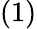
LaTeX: \left(1\right)